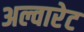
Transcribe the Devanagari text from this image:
अल्वारेट